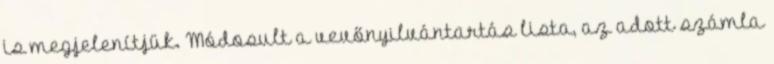
is megjelenítjük. Módosult a vevőnyilvántartás lista, az adott számla